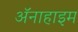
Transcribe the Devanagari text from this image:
अॅनाहाइम